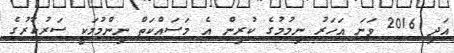
އަދި 2016 ވަނަ އަހަރު ނިމުމުގެ ކުރިން އެ މަސައްކަތް ނިންމުމަކީ ސަރުކާރުގެ